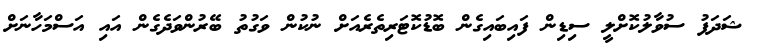
ޝަދަފު ސުވާލުކޮށްލީ ސިޑިން ފައިބައިގެން ބޮޑުކޮޓަރިތެރެއަށް ނުކުން ވަގުތު ބޭރުންވަދެގެން އައި އަސްމަހާނަށް